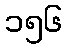
၁၅၆